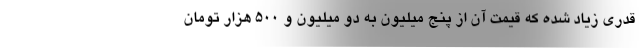
قدری زیاد شده که قیمت آن از پنج میلیون به دو میلیون و ۵۰۰ هزار تومان